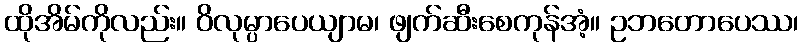
ထိုအိမ်ကိုလည်း။ ဝိလုမ္ပာပေယျာမ၊ ဖျက်ဆီးစေကုန်အံ့။ ဥဘတောပေဿ၊